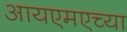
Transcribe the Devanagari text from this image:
आयएमएच्या